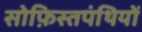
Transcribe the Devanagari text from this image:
सोफ़िस्तपंथियों